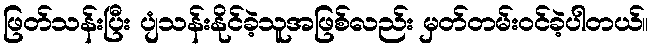
ဖြတ်သန်းပြီး ပျံသန်းနိုင်ခဲ့သူအဖြစ်လည်း မှတ်တမ်းဝင်ခဲ့ပါတယ်။